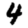
Digit: 4